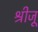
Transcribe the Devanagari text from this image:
श्रीजू